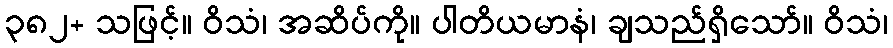
၃၈၂+ သဖြင့်။ ဝိသံ၊ အဆိပ်ကို။ ပါတိယမာနံ၊ ချသည်ရှိသော်။ ဝိသံ၊